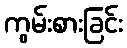
ကွမ်းစားခြင်း